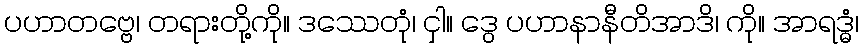
ပဟာတဗ္ဗေ၊ တရားတို့ကို။ ဒဿေတုံ၊ ငှါ။ ဒွေ ပဟာနာနီတိအာဒိ၊ ကို။ အာရဒ္ဓံ၊